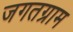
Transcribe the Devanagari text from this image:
जगतग्राम